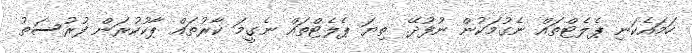
ހަމައެކަނި ޕެލެޓްތައް ނެގުމަކުން ނުފުދޭ. ތިޔަ ޕެލެޓްތައް ނެގީމަ ކާރުތައް ޕާކުކުރަން ފުރުސަތު